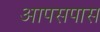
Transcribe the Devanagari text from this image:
आपसपास